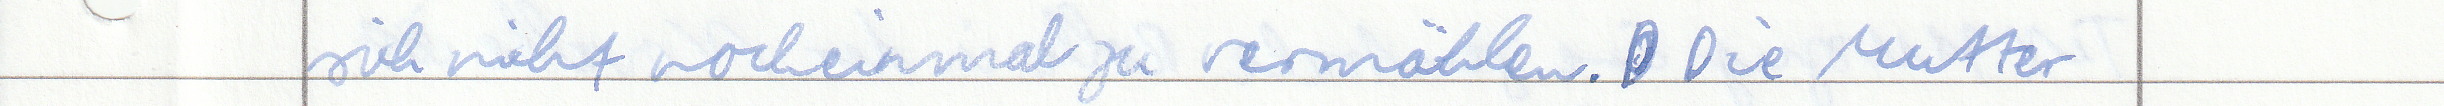
sich nicht nocheinmal zu vermählen. Die Mutter